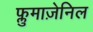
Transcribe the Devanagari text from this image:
फ्लुमाज़ेनिल